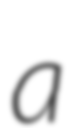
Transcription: a